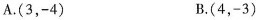
A.(3，-4) B.(4，-3)